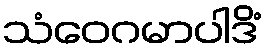
သံဝေဂမာပါဒိံ